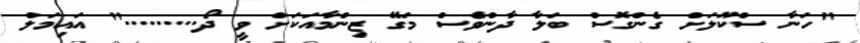
"ހަނާ ސްކޫލަށް ގެންގޮސް ބަލާ ދާންވެސް މަގޭ ޒިންމާއަކަށް ވީ ދޯ........." އައިމަލް